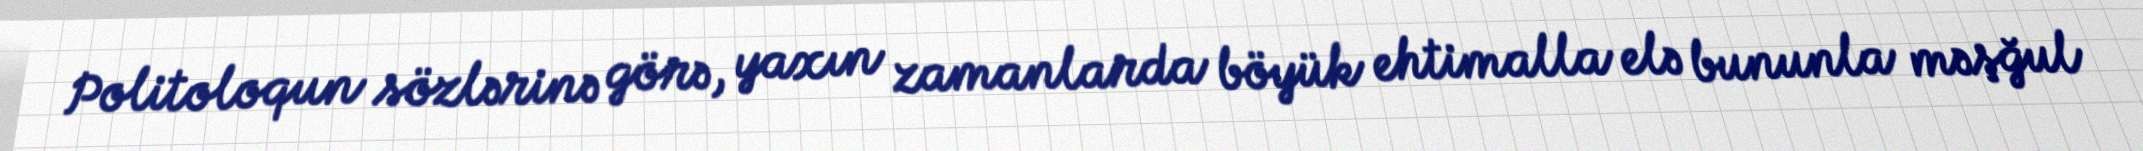
Politoloqun sözlərinə görə, yaxın zamanlarda böyük ehtimalla elə bununla məşğul